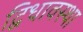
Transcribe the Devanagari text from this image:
द्विधावस्था